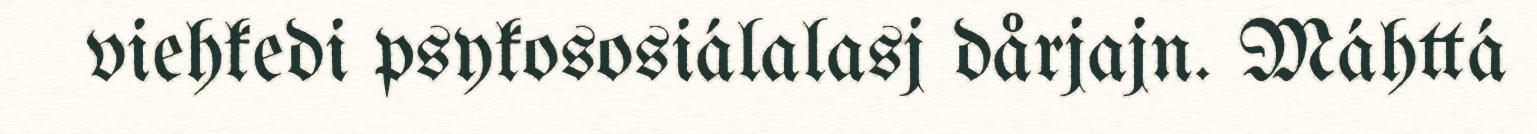
viehkedi psykososiálalasj dårjajn. Máhttá